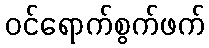
ဝင်ရောက်စွက်ဖက်